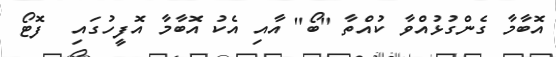
އޮބާމާ ގެންގުޅުއްވާ ކުއްތާ "ބޯ" އާއި އެކު އޮބާމާ އޮފީހުގައި  ފޮޓޯ